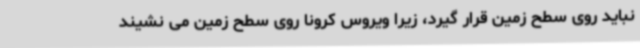
نباید روی سطح زمین قرار گیرد، زیرا ویروس کرونا روی سطح زمین می نشیند